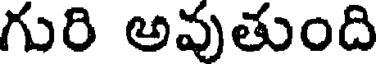
గురి అవుతుంది